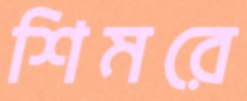
শিমরে